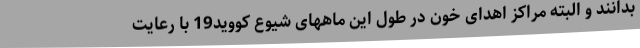
بدانند و البته مراکز اهدای خون در طول این ماههای شیوع کووید19 با رعایت